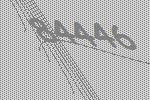
84446